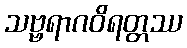
သဗ္ဗရာဂဝိရတ္တဿ